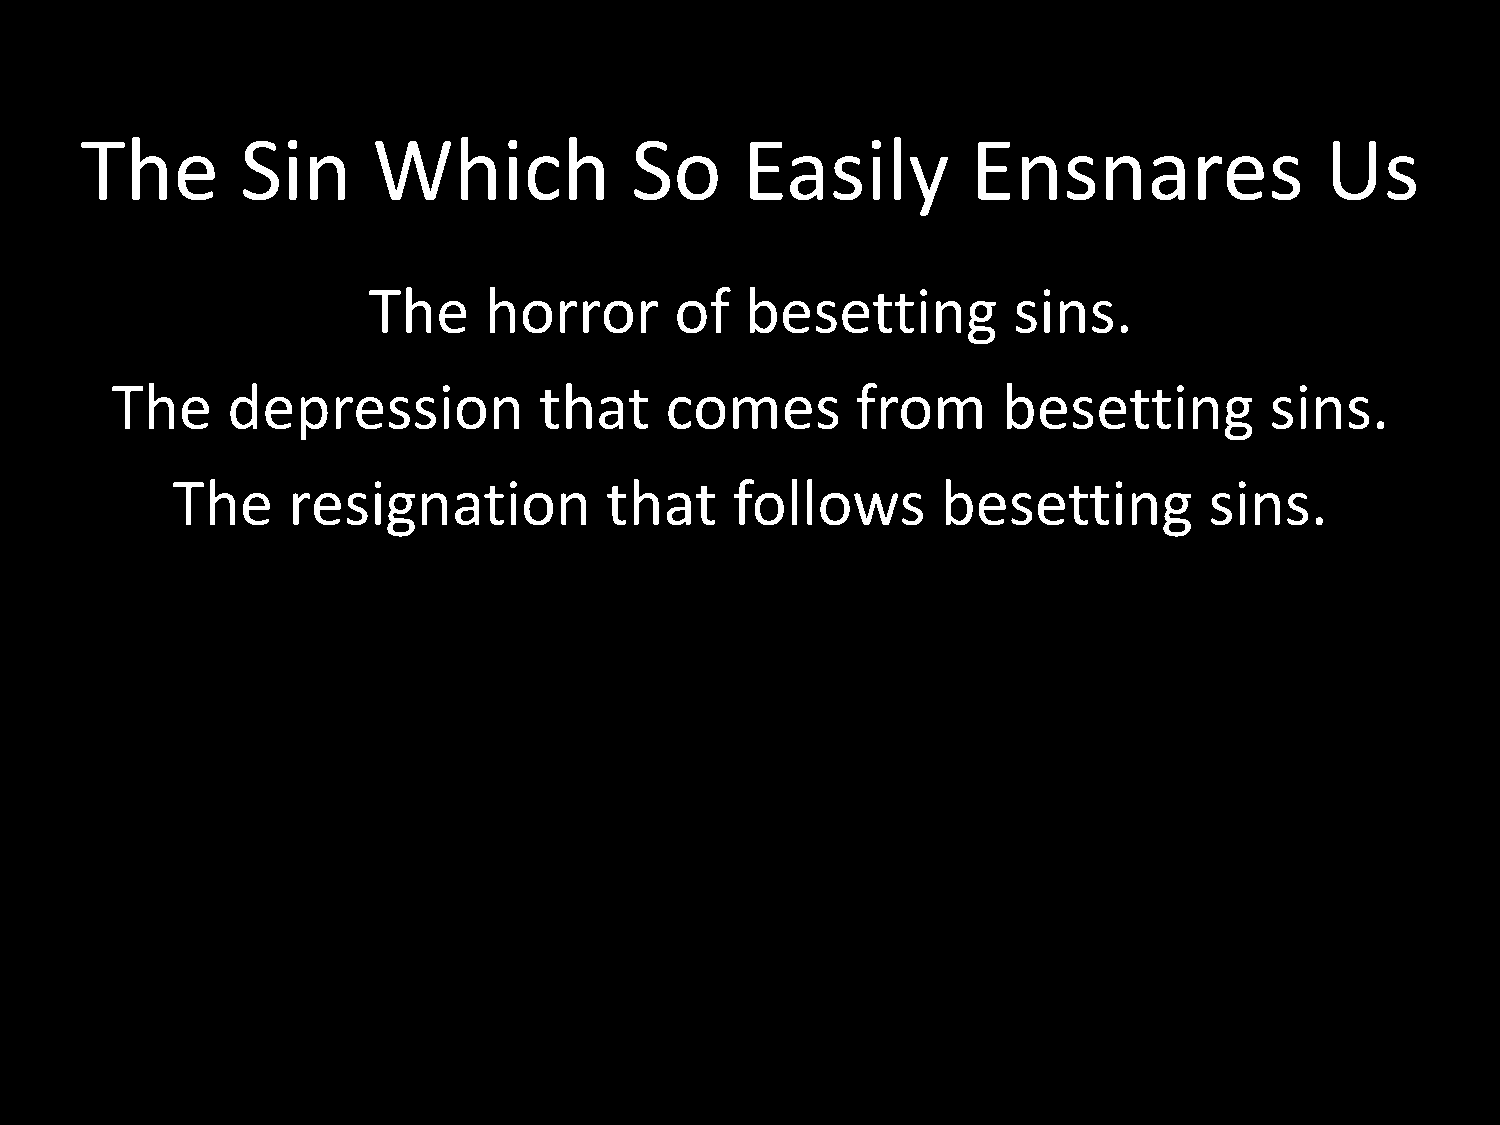
The        Sin      Which            So     Easily         Ensnares                Us
 The     horror       of  besetting         sins.
 The     depression           that    comes        from     besetting         sins.
 The     resignation          that     follows      besetting         sins.